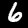
Label: 6